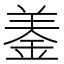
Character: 𨦋